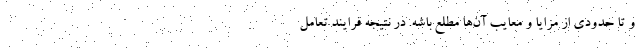
و تا حدودی از مزایا و معایب آن‌ها مطلع باشه. در نتیجه فرایند تعامل